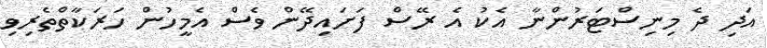
އަދި ދެ މިނިސްޓަރުންނާ އެކު އެ ރޭސް ފަށައިދޭން ވެސް އެމީހުން ހަރަކާތްތެރިވި